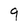
Character: 9